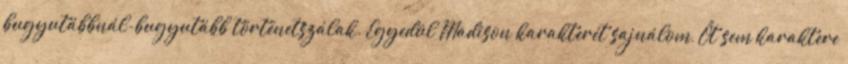
bugyutábbnál-bugyutább történetszálak. Egyedül Madison karakterét sajnálom, Őt sem karaktere